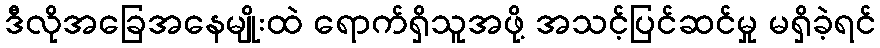
ဒီလိုအခြေအနေမျိုးထဲ ရောက်ရှိသူအဖို့ အသင့်ပြင်ဆင်မှု မရှိခဲ့ရင်